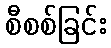
စီစစ်ခြင်း